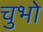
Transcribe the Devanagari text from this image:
चुभो